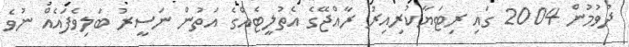
ދުވުމުން 2004 ގައި ރިޓަޔާކުރިއިރު ރާއްޖޭގެ އެތުލީޓެއްގެ އަތުން ނަސީރު ބަލިވެފައެއް ނުވެ